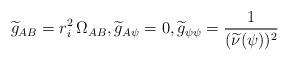
LaTeX: \begin{align*}\widetilde{g}_{AB}&=r_{i}^{2}\,\Omega_{AB},\widetilde{g}_{A\psi}=0, \widetilde{g}_{\psi\psi}=\frac{1}{(\widetilde{\nu}(\psi))^{2}}\end{align*}